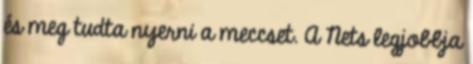
és meg tudta nyerni a meccset. A Nets legjobbja